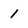
Character: 1